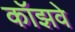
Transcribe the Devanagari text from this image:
कॉझवे